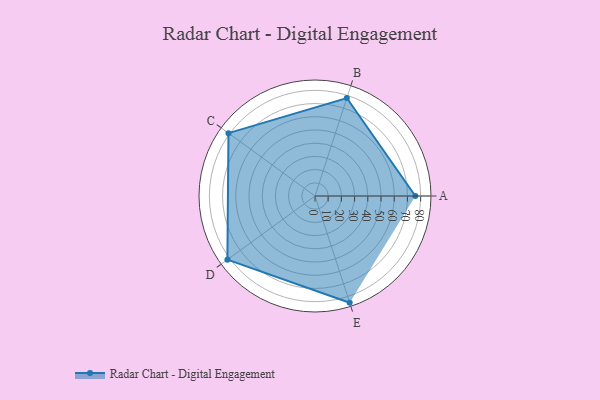
{"axis": {"x": "Skill", "y": "Score"}, "legend": ["Profile"], "data": [{"x": "A", "y": 76.0, "type": "Profile"}, {"x": "B", "y": 78.0, "type": "Profile"}, {"x": "C", "y": 81.0, "type": "Profile"}, {"x": "D", "y": 82.0, "type": "Profile"}, {"x": "E", "y": 85.0, "type": "Profile"}]}